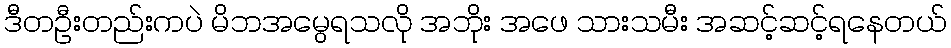
ဒီတဦးတည်းကပဲ မိဘအမွေရသလို အဘိုး အဖေ သားသမီး အဆင့်ဆင့်ရနေတယ်